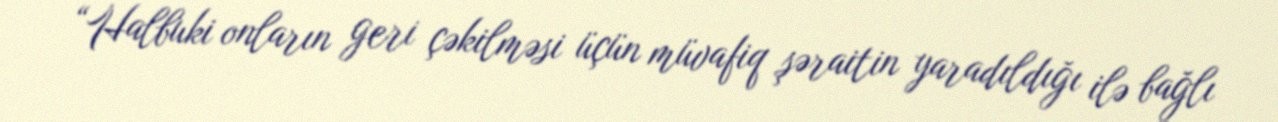
“Halbuki onların geri çəkilməsi üçün müvafiq şəraitin yaradıldığı ilə bağlı